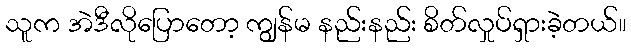
သူက အဲဒီလိုပြောတော့ ကျွန်မ နည်းနည်း စိတ်လှုပ်ရှားခဲ့တယ်။